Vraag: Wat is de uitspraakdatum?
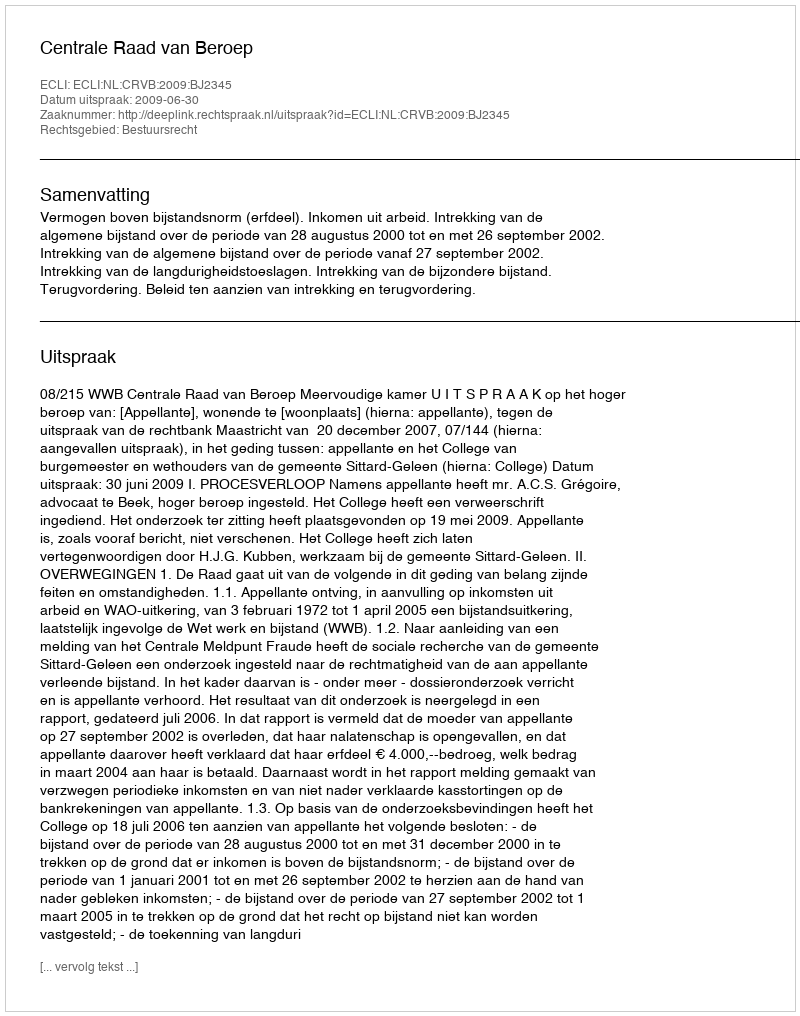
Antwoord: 2009-06-30